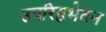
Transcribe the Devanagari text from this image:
उपरिष्ठभेदन